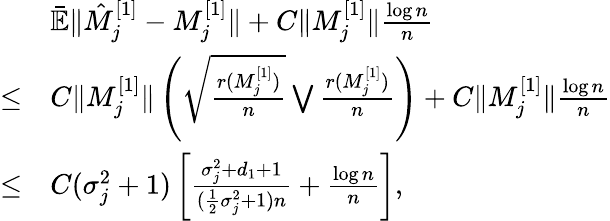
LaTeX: \begin{array}{rl}&{\bar{\mathbb{E}}\| \hat{M}_{j}^{[1]}-M_{j}^{[1]}\| +C\| M_{j}^{[1]}\| \frac{\log n}{n}}\\ {\le}&{C\| M_{j}^{[1]}\| \left(\sqrt{\frac{r(M_{j}^{[1]})}{n}}\bigvee\frac{r(M_{j}^{[1]})}{n}\right)+C\| M_{j}^{[1]}\| \frac{\log n}{n}}\\ {\le}&{C(\sigma_{j}^{2}+1)\left[\frac{\sigma_{j}^{2}+d_{1}+1}{(\frac{1}{2}\sigma_{j}^{2}+1)n}+\frac{\log n}{n}\right],}\end{array}